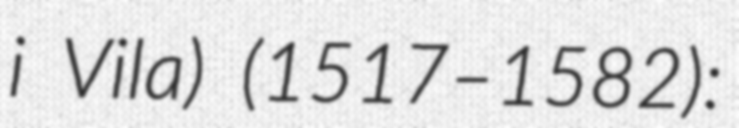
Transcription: i Vila) (1517–1582):